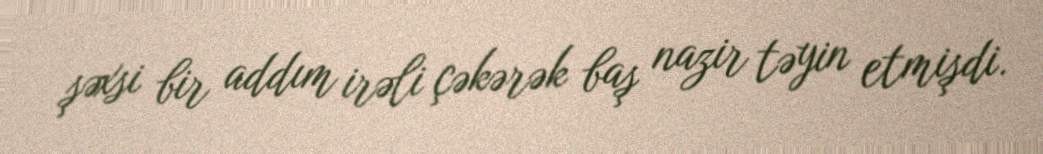
şəxsi bir addım irəli çəkərək baş nazir təyin etmişdi.